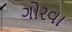
ગોરવા